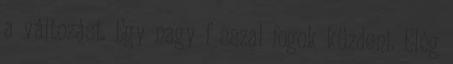
a változást. Egy nagy f sszal fogok küzdeni. Elég